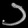
Digit: ၁